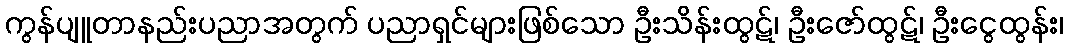
ကွန်ပျူတာနည်းပညာအတွက် ပညာရှင်များဖြစ်သော ဦးသိန်းထွဋ်၊ ဦးဇော်ထွဋ်၊ ဦးငွေထွန်း၊